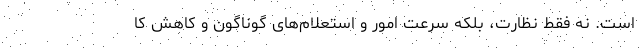
است. نه فقط نظارت، بلکه سرعت امور و استعلام‌های گوناگون و کاهش کا